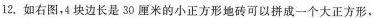
12.如右图，4块边长是30厘米的小正方形地砖可以拼成一个大正方形，